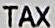
TAX